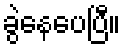
ခွဲနေပေပြီ။